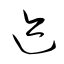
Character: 迹